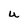
Character: U